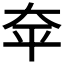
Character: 𪥈